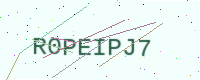
Text: R0PEIPJ7